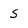
Character: s